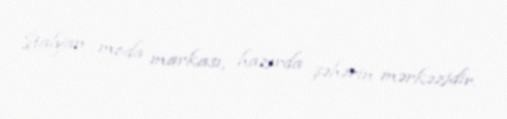
İtalyan moda markası, hazırda şəhərin mərkəzidir.